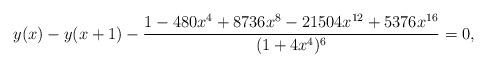
LaTeX: \begin{align*}y(x)-y(x+1)- \frac{1 - 480 x^4 + 8736 x^8 - 21504 x^{12} + 5376 x^{16}}{(1 + 4 x^4)^6}=0,\end{align*}